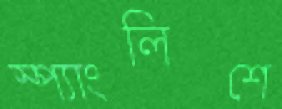
স্প্যাংলিশে